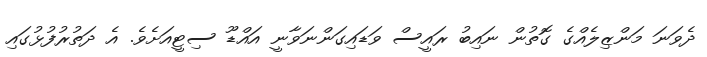
ދެވަނަ މަންޒިލެއްގެ ގޮތުން ނައިބު ރައީސް ވަޑައިގަންނަވާނީ އައްޑޫ ސިޓީއަށެވެ. އެ ދަތުރުފުޅުގައި